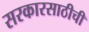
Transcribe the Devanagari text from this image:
सरकारसाठीची